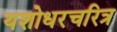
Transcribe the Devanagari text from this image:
यशोधरचरित्र